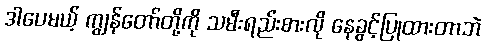
ဒါပေမယ့် ကျွန်တော်တို့ကို သမီးရည်းစားလို နေခွင့်ပြုထားတာဘဲ